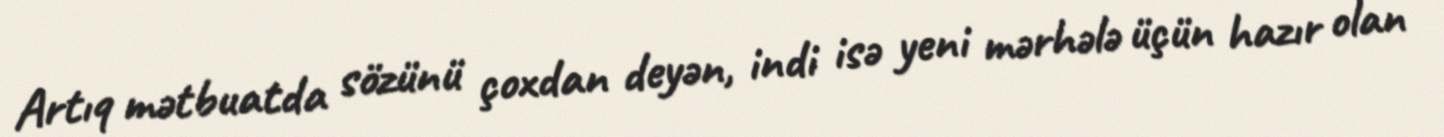
Artıq mətbuatda sözünü çoxdan deyən, indi isə yeni mərhələ üçün hazır olan